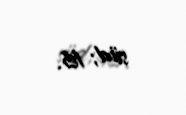
süd; 16.